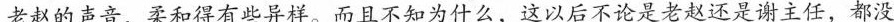
老赵的声音，柔和得有些异样。而且不知为什么，这以后不论是老赵还是谢主任，都没